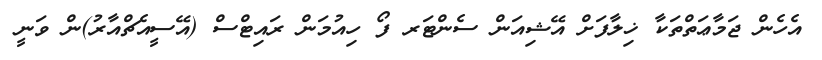
އެހެން ޖަމާޢަތްތަކާ ޚިލާފަށް އޭޝިއަން ސެންޓަރ ފޯ ހިއުމަން ރައިޓްސް (އޭސީއެޗްއާރު)ން ވަނީ